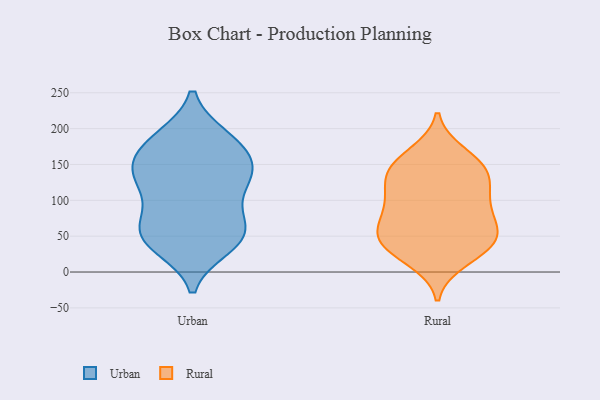
{"axis": {"x": "Market Share (%)", "y": "Value"}, "legend": ["Rural", "Urban"], "data": [{"x": "", "y": 151, "type": "Urban"}, {"x": "", "y": 54, "type": "Urban"}, {"x": "", "y": 88, "type": "Urban"}, {"x": "", "y": 35, "type": "Urban"}, {"x": "", "y": 131, "type": "Urban"}, {"x": "", "y": 142, "type": "Urban"}, {"x": "", "y": 188, "type": "Urban"}, {"x": "", "y": 161, "type": "Urban"}, {"x": "", "y": 129, "type": "Urban"}, {"x": "", "y": 69, "type": "Urban"}, {"x": "", "y": 129, "type": "Urban"}, {"x": "", "y": 113, "type": "Urban"}, {"x": "", "y": 187, "type": "Urban"}, {"x": "", "y": 42, "type": "Urban"}, {"x": "", "y": 186, "type": "Urban"}, {"x": "", "y": 39, "type": "Urban"}, {"x": "", "y": 54, "type": "Urban"}, {"x": "", "y": 162, "type": "Urban"}, {"x": "", "y": 64, "type": "Urban"}, {"x": "", "y": 34, "type": "Rural"}, {"x": "", "y": 147, "type": "Rural"}, {"x": "", "y": 17, "type": "Rural"}, {"x": "", "y": 45, "type": "Rural"}, {"x": "", "y": 97, "type": "Rural"}, {"x": "", "y": 101, "type": "Rural"}, {"x": "", "y": 155, "type": "Rural"}, {"x": "", "y": 105, "type": "Rural"}, {"x": "", "y": 62, "type": "Rural"}, {"x": "", "y": 78, "type": "Rural"}, {"x": "", "y": 138, "type": "Rural"}, {"x": "", "y": 53, "type": "Rural"}, {"x": "", "y": 130, "type": "Rural"}, {"x": "", "y": 165, "type": "Rural"}, {"x": "", "y": 66, "type": "Rural"}, {"x": "", "y": 40, "type": "Rural"}, {"x": "", "y": 32, "type": "Rural"}, {"x": "", "y": 134, "type": "Rural"}]}